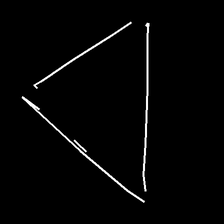
Glyph: convergence